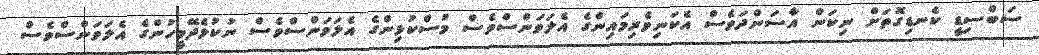
ސަބްސިޑީ ކެނޑިގޮތަށް ނިކަން އާސަންދަވެސް އެކަނިވެރިމައިންގެ އެލަވަންސްވެސް މުސްކުޅިންގެ އެލަވަންސްވެސް ނުކުޅެދޭމީހުންގެ އެލަވަންސްވެސް